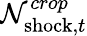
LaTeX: \mathcal{N}_{{\mathrm{shock}},t}^{crop}